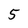
Character: 5